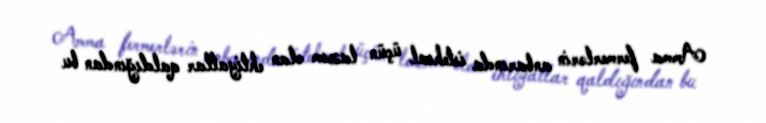
Amma fermerlərin anbarında istehsal üçün lazım olan ehtiyatlar qaldığından bu